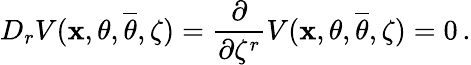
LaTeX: D_{r}V(\mathbf{x},\theta,{\overline{{{\theta}}}},\zeta)=\frac{{\partial}}{{\partial\zeta^{r}}}V(\mathbf{x},\theta,{\overline{{{\theta}}}},\zeta)=0\, .